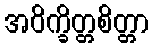
အဝိက္ခိတ္တစိတ္တာ